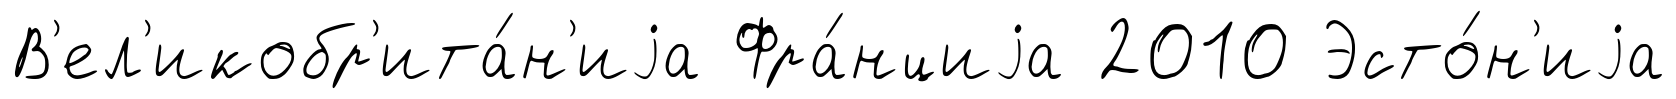
В'ел'икобр'ита́н'иjа Фра́нциjа 2010 Эсто́н'иjа